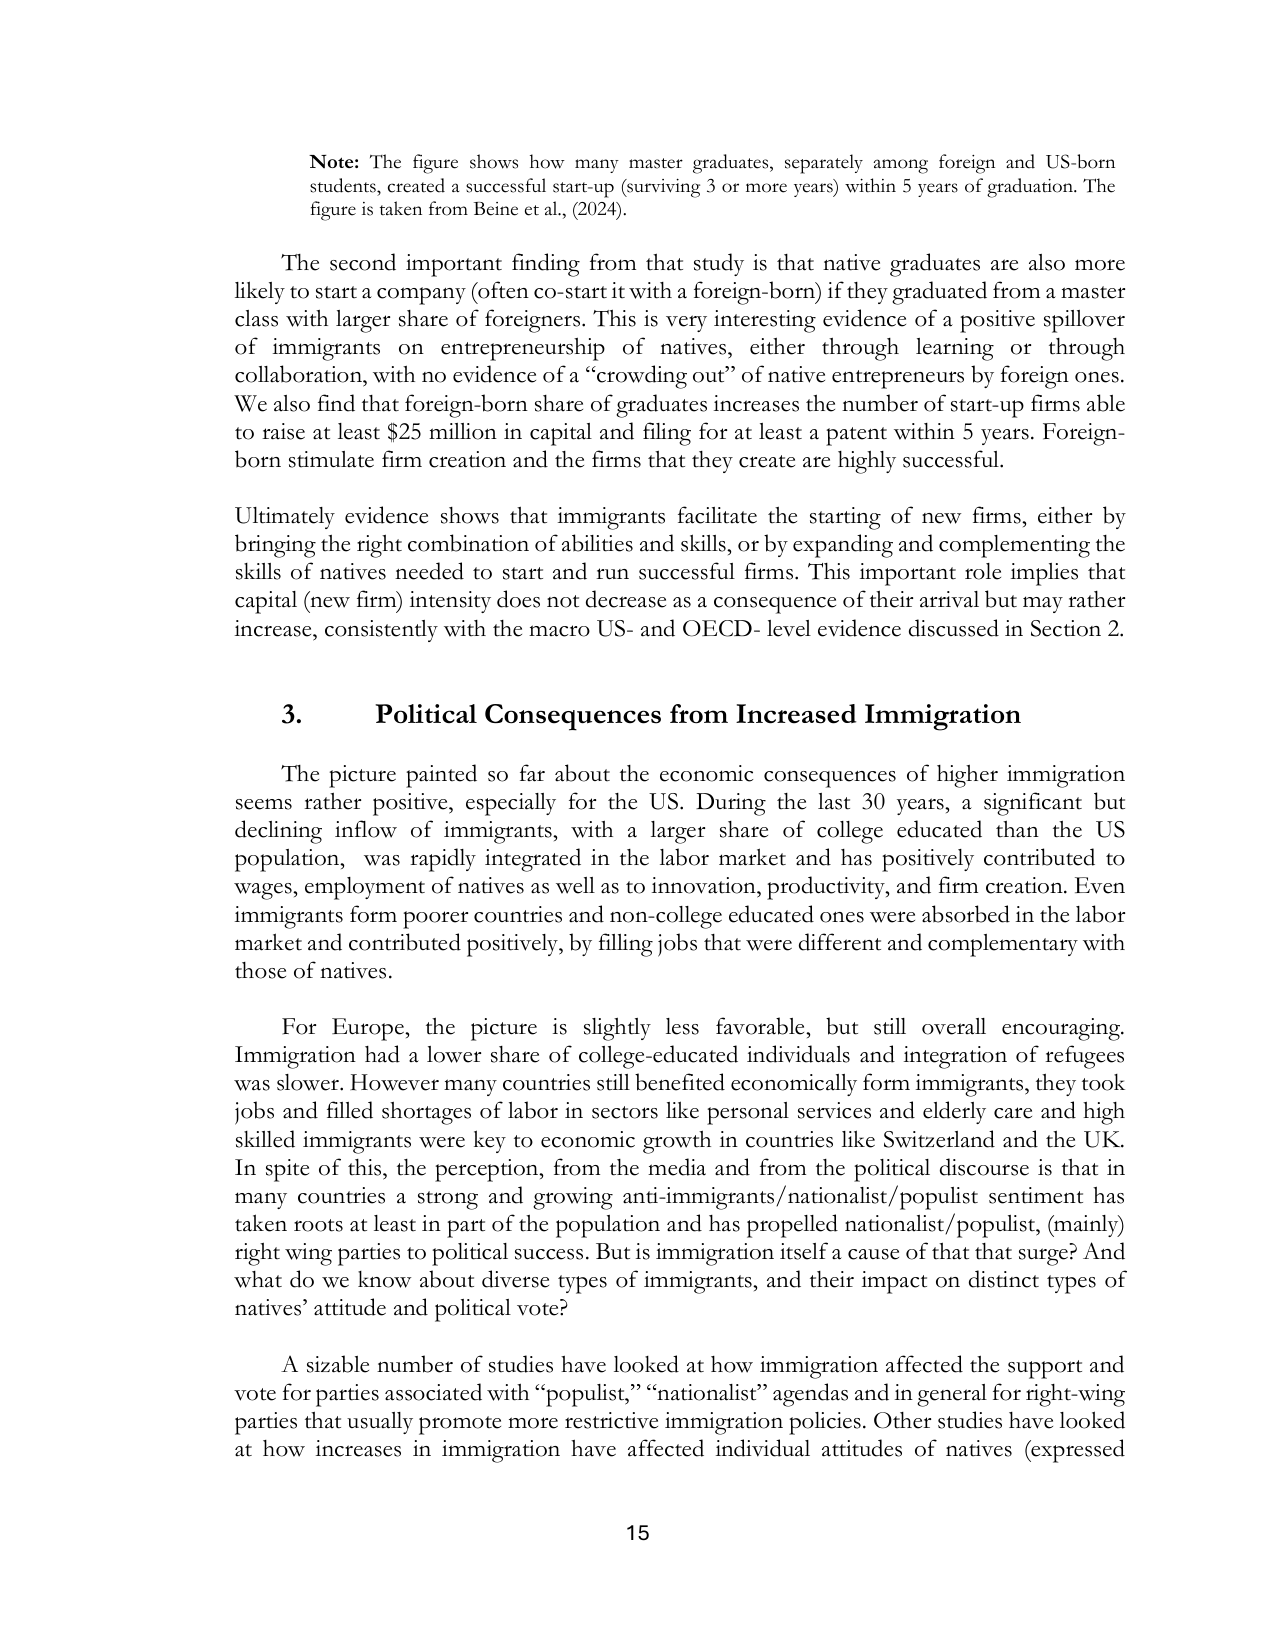
Note: The figure shows how many master graduates, separately among foreign and US-born students, created a successful start-up (surviving 3 or more years) within 5 years of graduation. The figure is taken from Beine et al., (2024).

The second important finding from that study is that native graduates are also more likely to start a company (often co-start it with a foreign-born) if they graduated from a master class with larger share of foreigners. This is very interesting evidence of a positive spillover of immigrants on entrepreneurship of natives, either through learning or through collaboration, with no evidence of a “crowding out” of native entrepreneurs by foreign ones. We also find that foreign-born share of graduates increases the number of start-up firms able to raise at least $25 million in capital and filing for at least a patent within 5 years. Foreign-born stimulate firm creation and the firms that they create are highly successful.

Ultimately evidence shows that immigrants facilitate the starting of new firms, either by bringing the right combination of abilities and skills, or by expanding and complementing the skills of natives needed to start and run successful firms. This important role implies that capital (new firm) intensity does not decrease as a consequence of their arrival but may rather increase, consistently with the macro US- and OECD- level evidence discussed in Section 2.

3. Political Consequences from Increased Immigration

The picture painted so far about the economic consequences of higher immigration seems rather positive, especially for the US. During the last 30 years, a significant but declining inflow of immigrants, with a larger share of college educated than the US population, was rapidly integrated in the labor market and has positively contributed to wages, employment of natives as well as to innovation, productivity, and firm creation. Even immigrants form poorer countries and non-college educated ones were absorbed in the labor market and contributed positively, by filling jobs that were different and complementary with those of natives.

For Europe, the picture is slightly less favorable, but still overall encouraging. Immigration had a lower share of college-educated individuals and integration of refugees was slower. However many countries still benefited economically form immigrants, they took jobs and filled shortages of labor in sectors like personal services and elderly care and high skilled immigrants were key to economic growth in countries like Switzerland and the UK. In spite of this, the perception, from the media and from the political discourse is that in many countries a strong and growing anti-immigrants/nationalist/populist sentiment has taken roots at least in part of the population and has propelled nationalist/populist, (mainly) right wing parties to political success. But is immigration itself a cause of that that surge? And what do we know about diverse types of immigrants, and their impact on distinct types of natives’ attitude and political vote?

A sizable number of studies have looked at how immigration affected the support and vote for parties associated with “populist,” “nationalist” agendas and in general for right-wing parties that usually promote more restrictive immigration policies. Other studies have looked at how increases in immigration have affected individual attitudes of natives (expressed

15